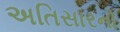
અતિસારનો